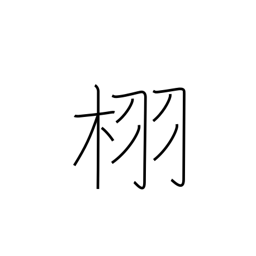
Meaning: type of oak